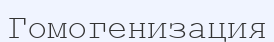
Гомогенизация